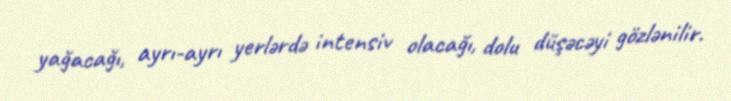
yağacağı, ayrı-ayrı yerlərdə intensiv olacağı, dolu düşəcəyi gözlənilir.